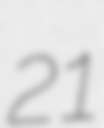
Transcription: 21